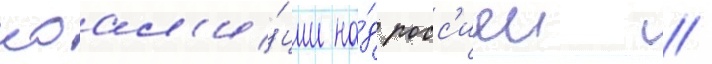
коал'и́ции на́д росс'иеи //